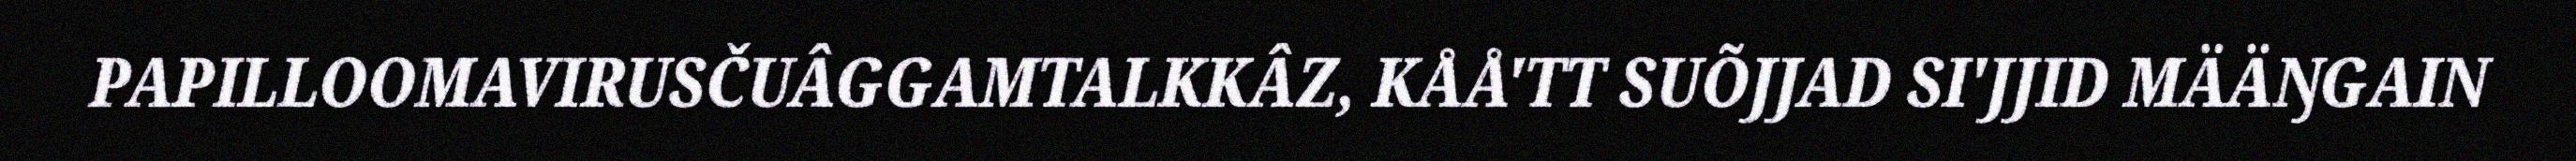
PAPILLOOMAVIRUSČUÂGGAMTALKKÂZ, KÅÅ'TT SUÕJJAD SI'JJID MÄÄŊGAIN